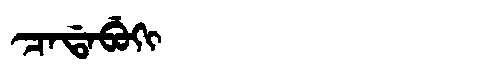
Manchu: ᠴᠠᡩᠠᠪᡠᡴᡳ
Romanization: CADABUKI